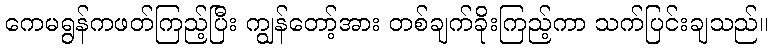
ကေမရွန်ကဖတ်ကြည့်ပြီး ကျွန်တော့်အား တစ်ချက်ခိုးကြည့်ကာ သက်ပြင်းချသည်။